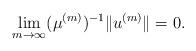
LaTeX: \begin{align*}\lim_{m\rightarrow\infty}(\mu^{(m)})^{-1}\|u^{(m)}\|=0.\end{align*}